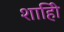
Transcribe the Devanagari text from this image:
शाहीि